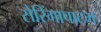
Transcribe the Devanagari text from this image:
सेरिंगापाटम